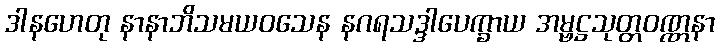
ဒါနဟေတု နာနာဘိသမယဝသေန နဂရသဒ္ဒါပေက္ခာယ အမ္ဗဋ္ဌသုတ္တဝဏ္ဏနာ